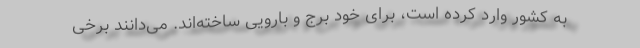
به کشور وارد کرده است، برای خود برج و بارویی ساخته‌اند. می‌دانند برخی